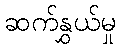
ဆက်နွှယ်မှု